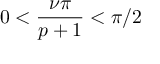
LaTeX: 0 < \displaystyle \frac { \nu \pi } { p + 1 } < \pi / 2